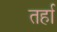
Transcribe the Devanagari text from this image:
तर्हा